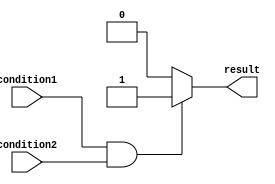
module if_else_statement (
    input wire condition1,
    input wire condition2,
    output reg result
);

always @* begin
    if (condition1 && condition2) begin
        // statements within the if block
        result <= 1'b1;
    end
    else begin
        // statements within the else block
        result <= 1'b0;
    end
end

endmodule